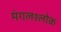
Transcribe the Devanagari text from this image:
मंगलश्लोक